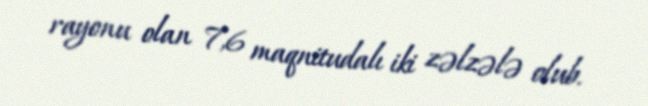
rayonu olan 7,6 maqnitudalı iki zəlzələ olub.